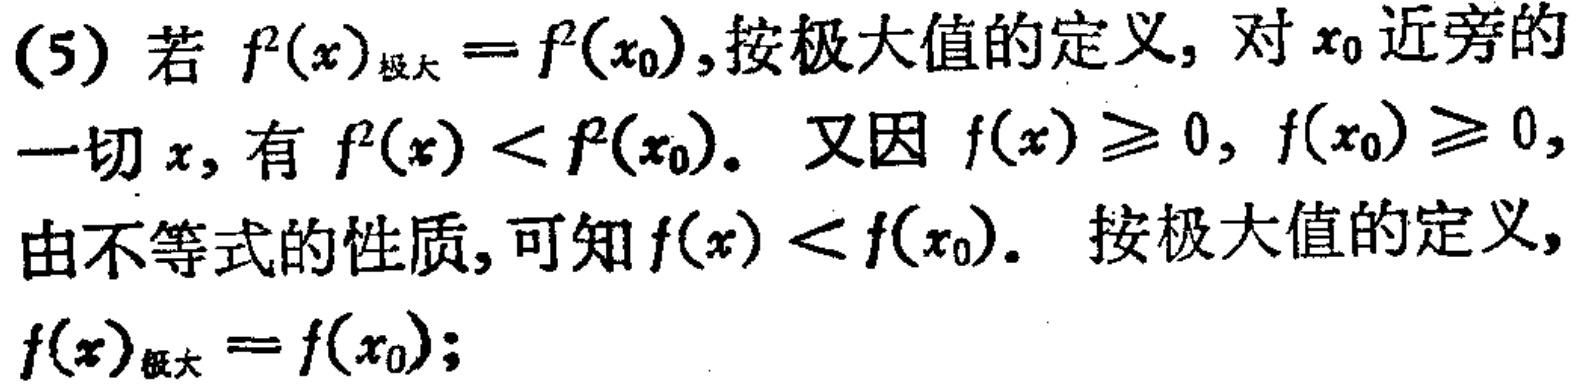
(5) 若 \(f^{2}(x)_{\text{极大}} = f^{2}(x_{0})\), 按极大值的定义, 对 \(x_{0}\) 近旁的一切 \(x\), 有 \(f^{2}(x) < f^{2}(x_{0})\). 又因 \(f(x)\geq0\), \(f(x_{0})\geq0\), 由不等式的性质, 可知 \(f(x) < f(x_{0})\). 按极大值的定义, \(f(x)_{\text{极大}} = f(x_{0})\);